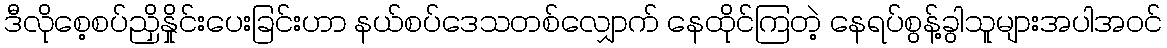
ဒီလိုစေ့စပ်ညှိနှိုင်းပေးခြင်းဟာ နယ်စပ်ဒေသတစ်လျှောက် နေထိုင်ကြတဲ့ နေရပ်စွန့်ခွါသူများအပါအဝင်